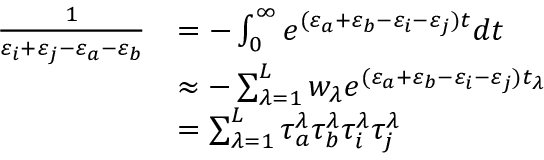
\begin{array} { r l } { \frac { 1 } { \varepsilon _ { i } + \varepsilon _ { j } - \varepsilon _ { a } - \varepsilon _ { b } } } & { = - \int _ { 0 } ^ { \infty } e ^ { ( \varepsilon _ { a } + \varepsilon _ { b } - \varepsilon _ { i } - \varepsilon _ { j } ) t } d t } \\ & { \approx - \sum _ { \lambda = 1 } ^ { L } w _ { \lambda } e ^ { ( \varepsilon _ { a } + \varepsilon _ { b } - \varepsilon _ { i } - \varepsilon _ { j } ) t _ { \lambda } } } \\ & { = \sum _ { \lambda = 1 } ^ { L } \tau _ { a } ^ { \lambda } \tau _ { b } ^ { \lambda } \tau _ { i } ^ { \lambda } \tau _ { j } ^ { \lambda } } \end{array}